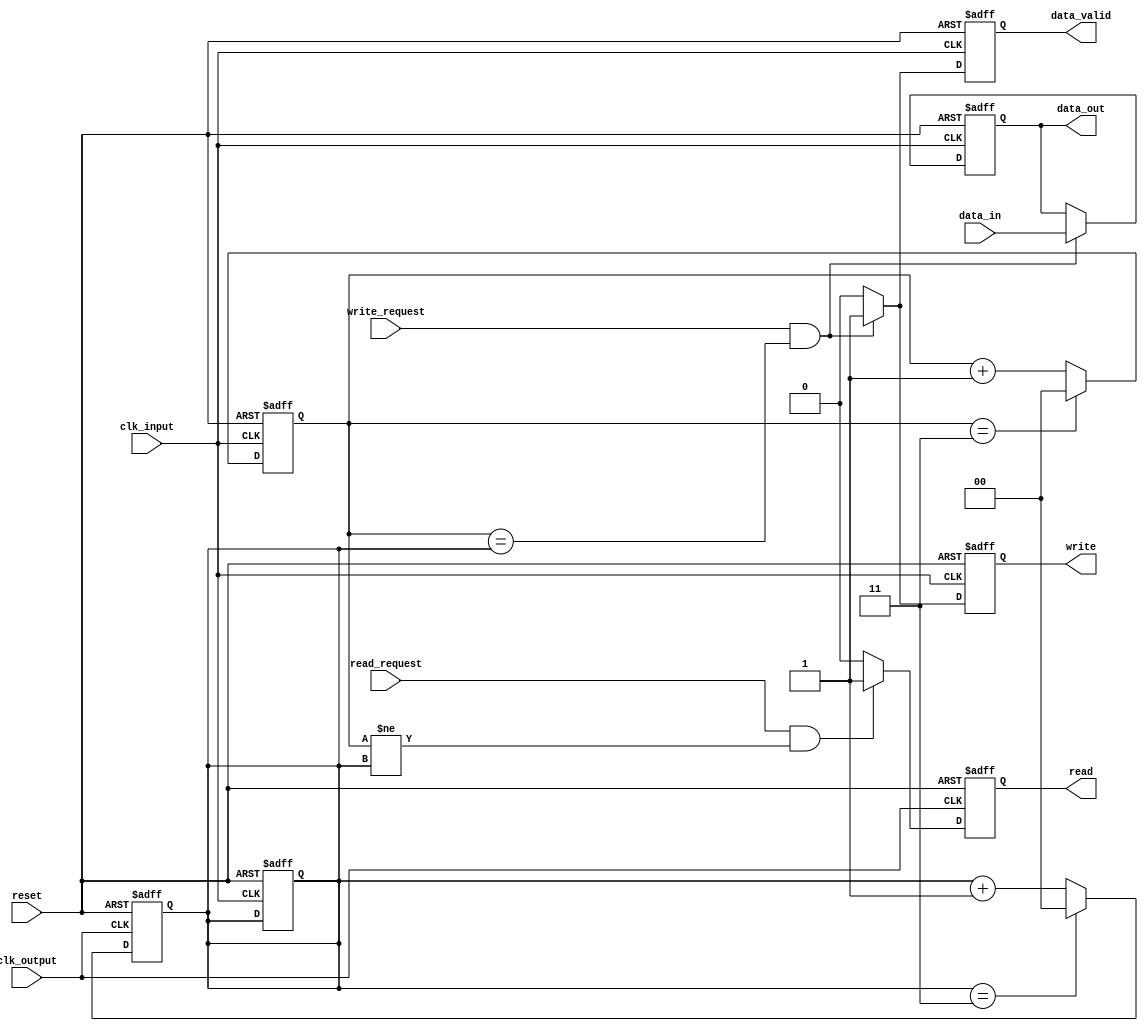
module timing_control_and_sync(
    input wire clk_input,
    input wire clk_output,
    input wire reset,
    input wire write_request,
    input wire read_request,
    input wire data_in,
    output reg data_out,
    output reg write,
    output reg read,
    output reg data_valid
);

// Synchronization logic
reg [1:0] input_side;
reg [1:0] output_side;

always @(posedge clk_input or posedge reset) begin
    if (reset) begin
        input_side <= 2'b00; // Reset input side to default
        output_side <= 2'b00; // Reset output side to default
    end else begin
        input_side <= input_side + 1; // Increment input side counter
        if (input_side == 2'b11) begin
            input_side <= 2'b00; // Wrap around input side counter
        end
    end
end

always @(posedge clk_output or posedge reset) begin
    if (reset) begin
        output_side <= 2'b00; // Reset output side to default
    end else begin
        output_side <= output_side + 1; // Increment output side counter
        if (output_side == 2'b11) begin
            output_side <= 2'b00; // Wrap around output side counter
        end
    end
end

// Data transfer logic
always @(posedge clk_input or posedge reset) begin
    if (reset) begin
        data_out <= 1'b0; // Reset output data signal
        write <= 1'b0; // Reset write signal
        data_valid <= 1'b0; // Reset data_valid signal
    end else begin
        if (write_request && input_side == output_side) begin
            data_out <= data_in; // Transfer data from input to output
            write <= 1'b1; // Set write signal
            data_valid <= 1'b1; // Set data_valid signal
        end else begin
            write <= 1'b0; // Reset write signal
            data_valid <= 1'b0; // Reset data_valid signal
        end
    end
end

always @(posedge clk_output or posedge reset) begin
    if (reset) begin
        read <= 1'b0; // Reset read signal
    end else begin
        if (read_request && input_side != output_side) begin
            read <= 1'b1; // Set read signal
        end else begin
            read <= 1'b0; // Reset read signal
        end
    end
end

endmodule